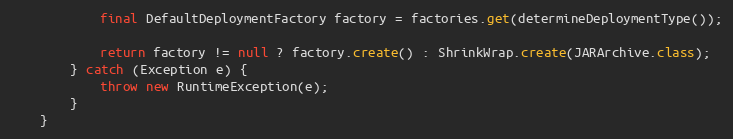
Language: Java
            final DefaultDeploymentFactory factory = factories.get(determineDeploymentType());

            return factory != null ? factory.create() : ShrinkWrap.create(JARArchive.class);
        } catch (Exception e) {
            throw new RuntimeException(e);
        }
    }